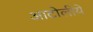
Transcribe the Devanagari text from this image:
आटोलीये